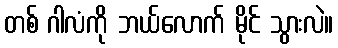
တစ် ဂါလံကို ဘယ်လောက် မိုင် သွားလဲ။